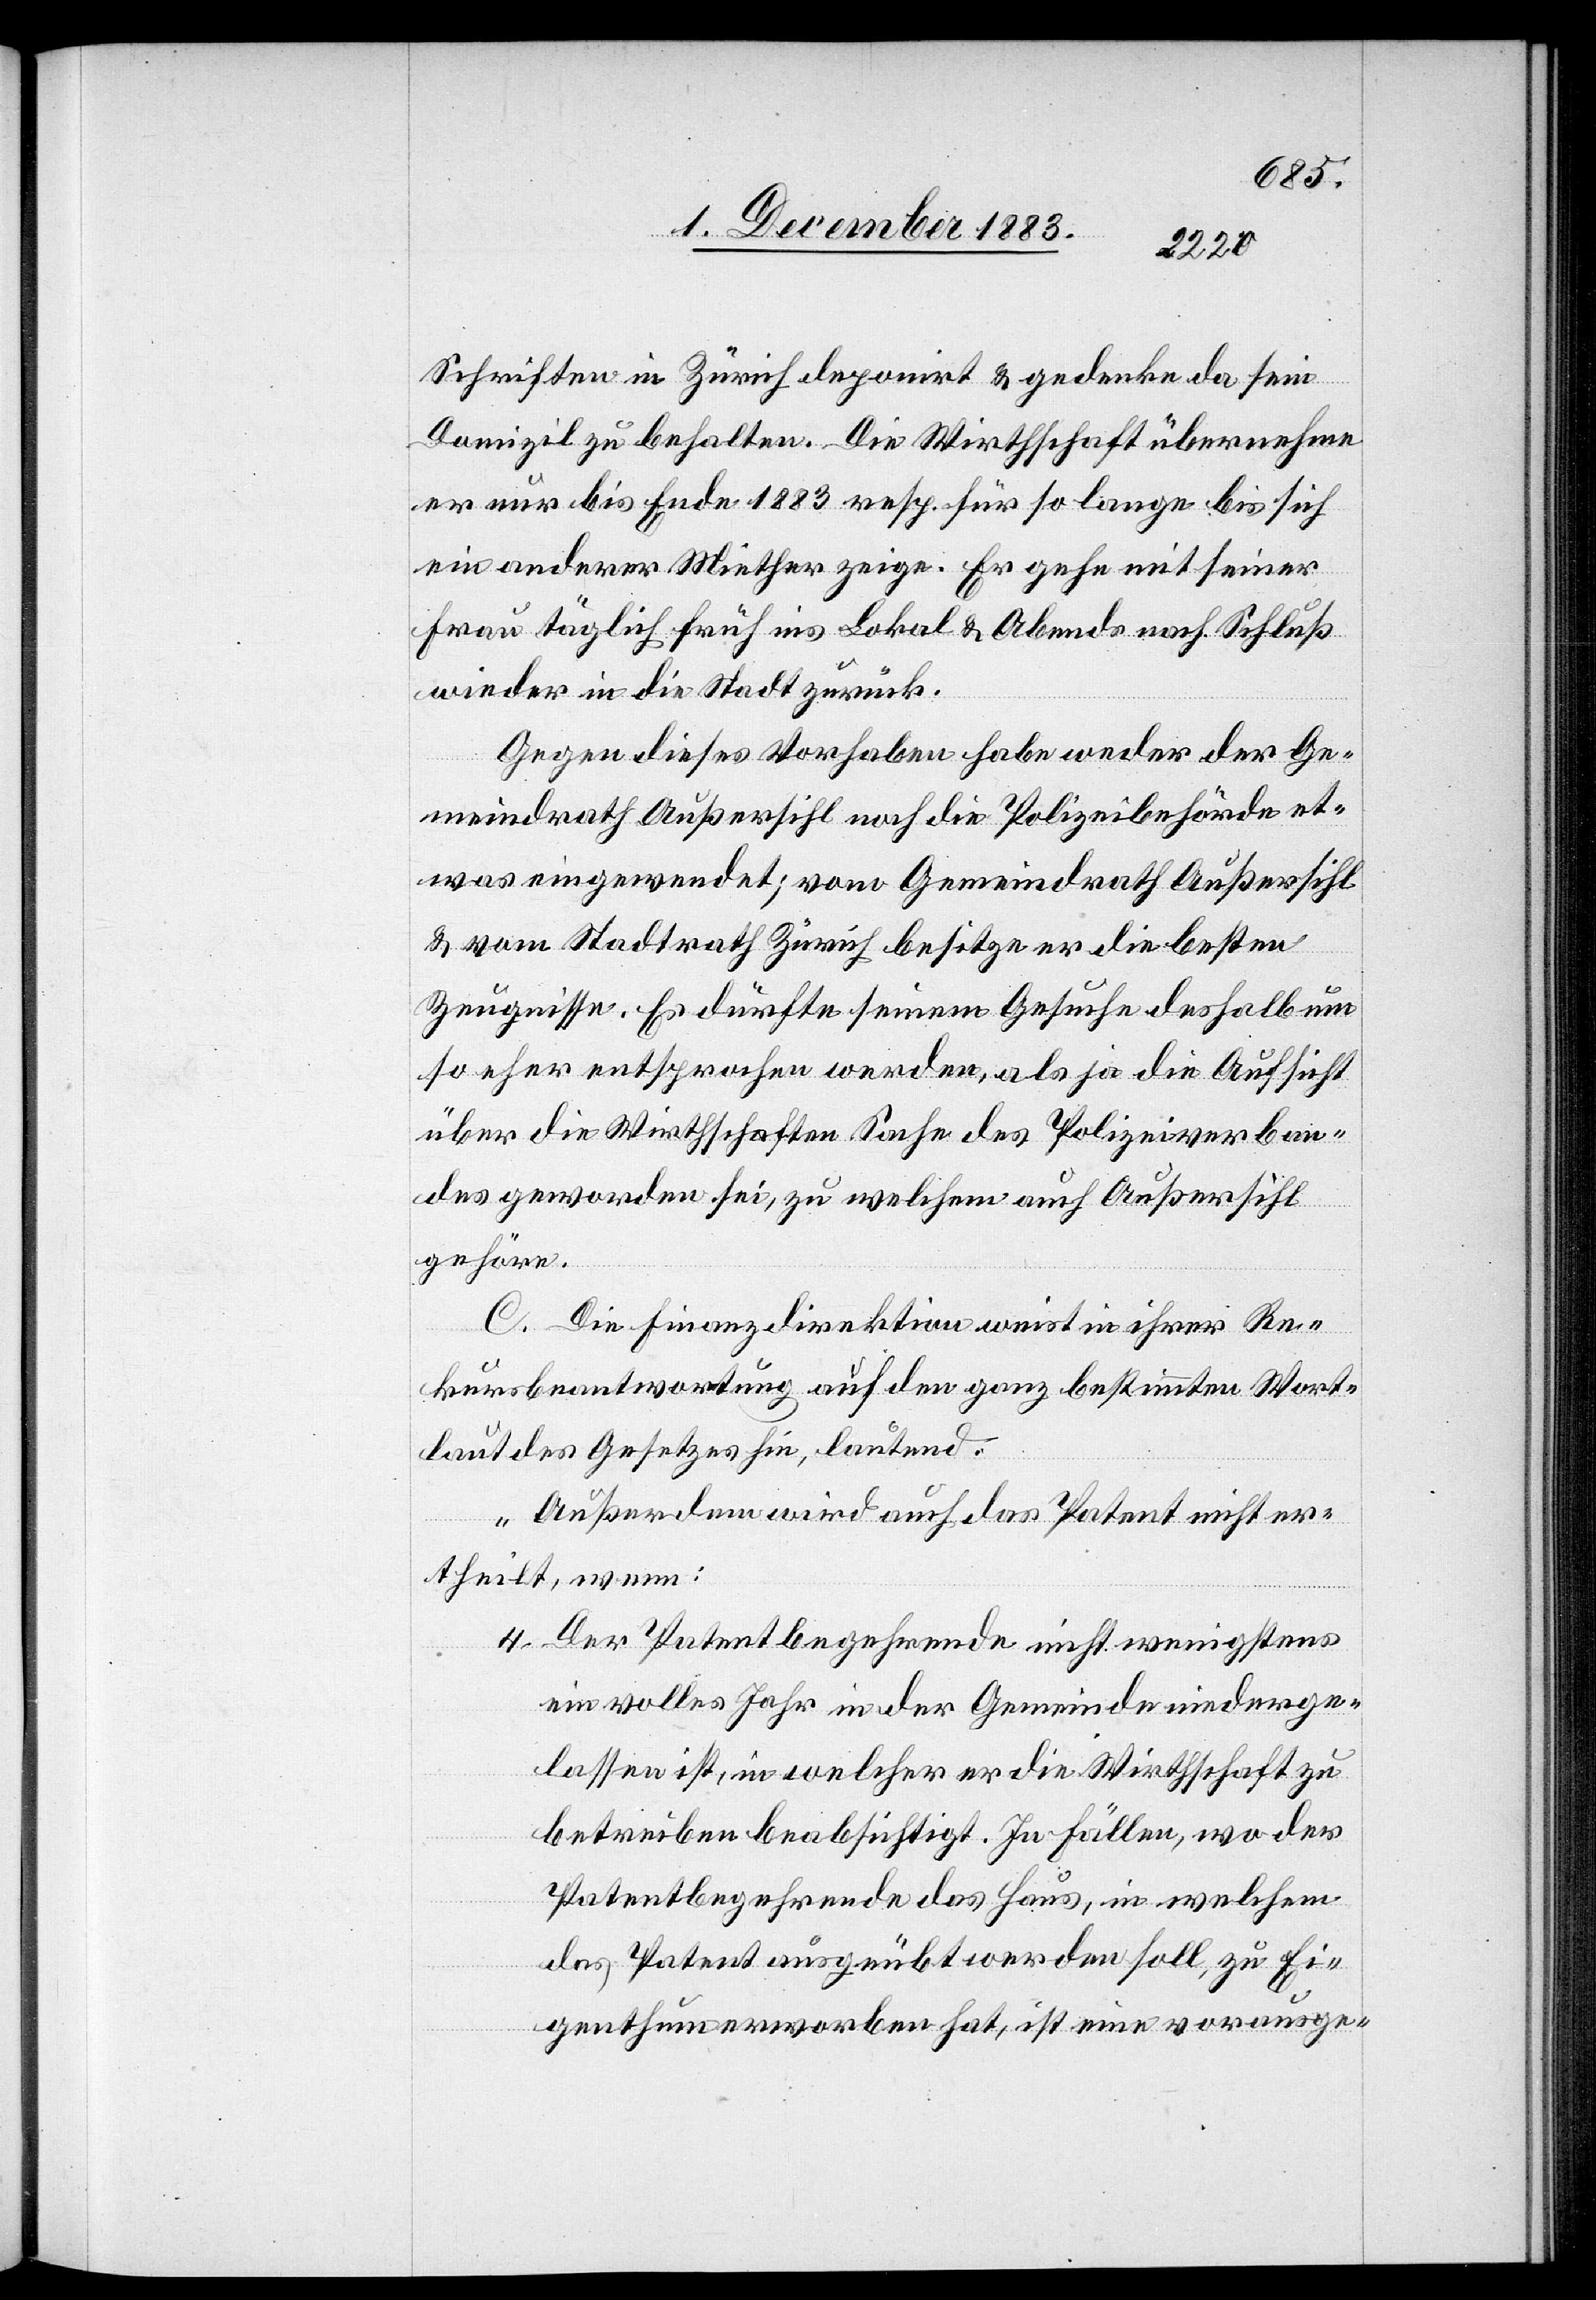
Schriften in Zürich deponirt & gedenke da sein
Domizil zu behalten. Die Wirthschaft übernehme
er nur bis Ende 1883 resp. für so lange bis sich
ein anderer Miether zeige. Er gehe mit seiner
Frau täglich früh ins Lokal & Abends nach Schluß
wieder in die Stadt zurück.
Gegen dieses Vorhaben habe weder der Ge¬
meindrath Außersihl noch die Polizeibehörde et¬
was eingewendet; vom Gemeindrath Außersihl
& vom Stadtrath Zürich besitze er die besten
Zeugnisse. Es dürfte seinem Gesuche deshalb um
so eher entsprochen werden, als ja die Aufsicht
über die Wirthschaften Sache des Polizeiverban¬
des geworden sei, zu welchem auch Außersihl
gehöre.
C. Die Finanzdirektion weist in ihrer Re¬
kursbeantwortung auf den ganz bestimmten Wort¬
laut des Gesetzes hin, lautend:
„Außerdem wird auch das Patent nicht er¬
theilt, wenn:
4. Der Patentbegehrende nicht wenigstens
ein volles Jahr in der Gemeinde niederge¬
lassen ist, in welcher er die Wirthschaft zu
betreiben beabsichtigt. In Fällen, wo der
Patentbegehrende das Haus, in welchem
das Patent ausgeübt werden soll, zu Ei¬
genthum erworben hat, ist eine vorausge-